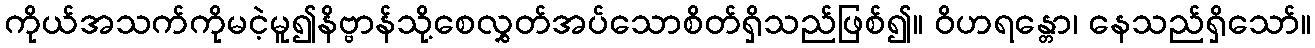
ကိုယ်အသက်ကိုမငဲ့မူ၍နိဗ္ဗာန်သို့စေလွှတ်အပ်သောစိတ်ရှိသည်ဖြစ်၍။ ဝိဟရန္တော၊ နေသည်ရှိသော်။